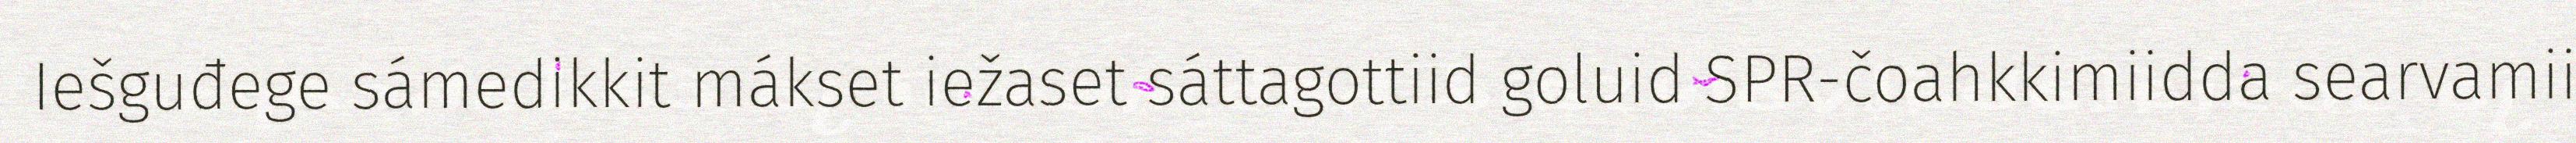
Iešguđege sámedikkit mákset iežaset sáttagottiid goluid SPR-čoahkkimiidda searvamii